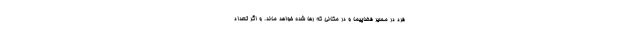
فرد در مسیر فضاپیما و در مکانی که رها شده خواهد ماند. و اگر تعداد